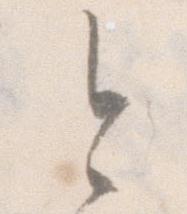
今